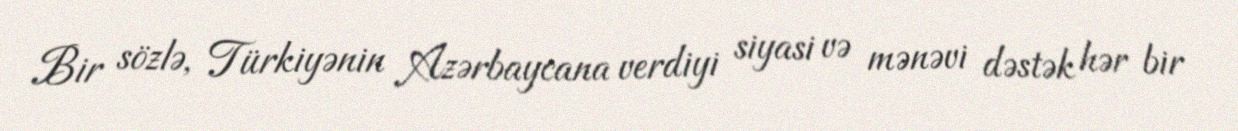
Bir sözlə, Türkiyənin Azərbaycana verdiyi siyasi və mənəvi dəstək hər bir